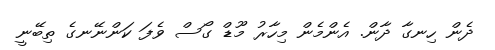
ދެން ހިނގާ ދާން. އެންމެން މިހާރު މޫޑް ގޯސް ވެފަ ކަންނޭނގެ ތިބޭނީ